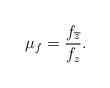
LaTeX: \begin{align*}\mu _{f} = \frac{f_{\overline{z}}}{f_{z}}.\end{align*}